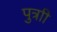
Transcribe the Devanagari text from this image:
पुत्राी